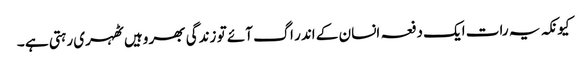
کیونکہ یہ رات ایک دفعہ انسان کے اندر اگ آئے تو زندگی بھر وہیں ٹھہری رہتی ہے ۔